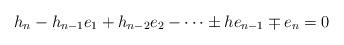
LaTeX: \begin{align*}h_n-h_{n-1}e_1+h_{n-2}e_2 - \dots \pm he_{n-1} \mp e_n = 0\end{align*}